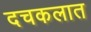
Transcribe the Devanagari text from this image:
दचकलात